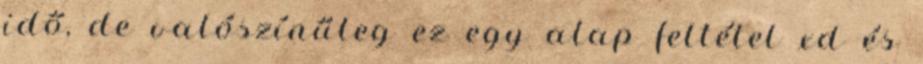
idő, de valószínűleg ez egy alap feltétel xd és